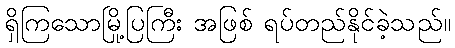
ရှိကြသောမြို့ပြကြီး အဖြစ် ရပ်တည်နိုင်ခဲ့သည်။